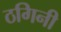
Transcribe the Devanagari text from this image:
ठगिनी